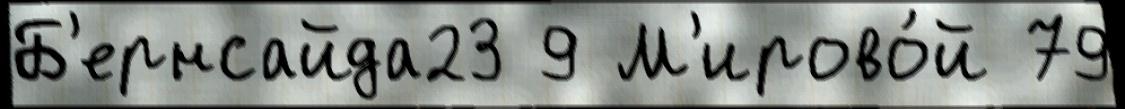
Б'ернсайда23 9 М'ирово́й 79